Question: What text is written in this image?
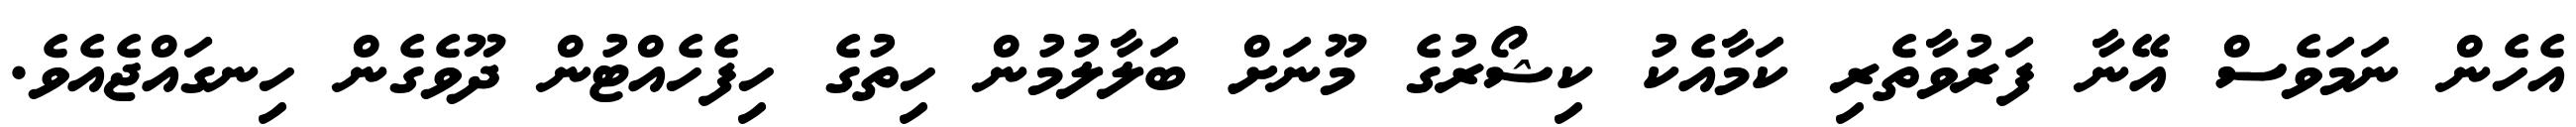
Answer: އެހެން ނަމަވެސް އޭނާ ފަރުވާތެރި ކަމާއެކު ކިޝޯރުގެ މޫނަށް ބަލާލުމުން ހިތުގެ ހިފެހެއްޓުން ދޫވެގެން ހިނގައްޖެއެވެ.